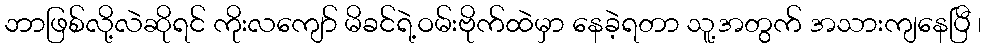
ဘာဖြစ်လို့လဲဆိုရင် ကိုးလကျော် မိခင်ရဲ့ဝမ်းဗိုက်ထဲမှာ နေခဲ့ရတာ သူ့အတွက် အသားကျနေပြီ ၊